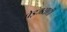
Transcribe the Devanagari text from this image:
पेइजसाठी